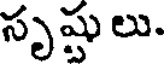
సృష్టులు.